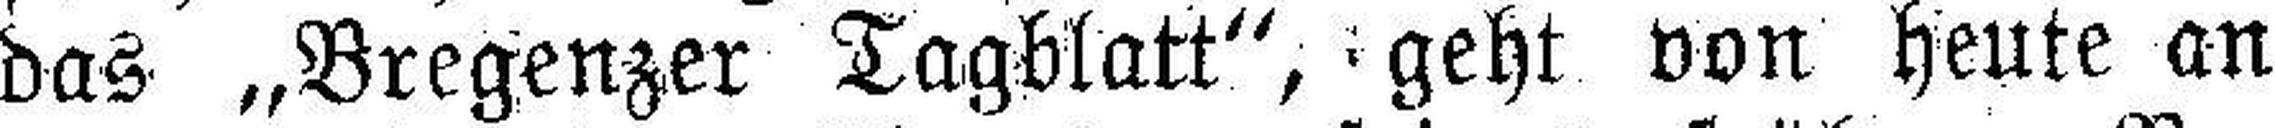
das „Bregenzer Tagblatt“, geht von heute an